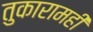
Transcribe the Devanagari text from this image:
तुकारामही